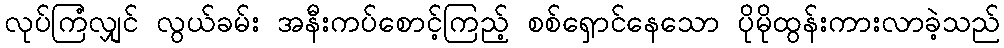
လုပ်ကြံလျှင် လွယ်ခမ်း အနီးကပ်စောင့်ကြည့် စစ်ရှောင်နေသော ပိုမိုထွန်းကားလာခဲ့သည်